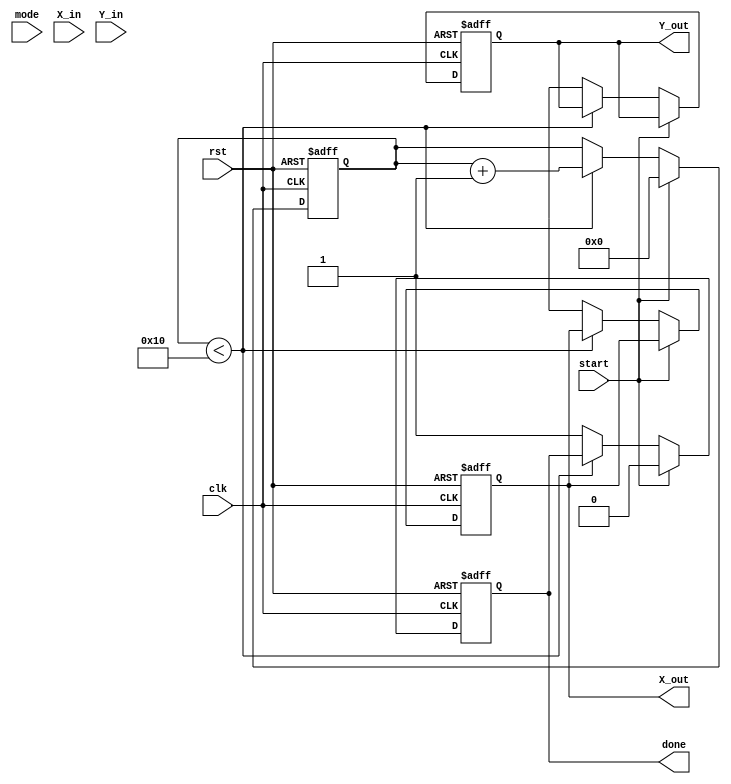
module complex_cordic (
    input wire clk,
    input wire rst,
    input wire start,
    input wire mode, // 0 for rotation, 1 for vectoring
    input wire [15:0] X_in, // Real part input
    input wire [15:0] Y_in, // Imaginary part input
    output reg [15:0] X_out, // Real part output
    output reg [15:0] Y_out, // Imaginary part output
    output reg done // Operation complete signal
);

    // Parameters
    parameter NUM_ITERATIONS = 16; // Number of iterations
    parameter ANGLE_LUT_SIZE = 16; // Size of angle lookup table

    // Internal Registers
    reg [15:0] X [0:NUM_ITERATIONS-1];
    reg [15:0] Y [0:NUM_ITERATIONS-1];
    reg [15:0] angle_lut [0:ANGLE_LUT_SIZE-1]; // Angle lookup table
    reg [3:0] iteration_count; // Iteration counter
    reg [15:0] angle; // Current angle

    // Initialize angle lookup table (arctangent values)
    initial begin
        angle_lut[0] = 16'h0000; // atan(0)
        angle_lut[1] = 16'h3243; // atan(1/2)
        angle_lut[2] = 16'h1DAC; // atan(1/4)
        angle_lut[3] = 16'h1C71; // atan(1/8)
        // Fill in the rest of the LUT...
    end

    // State Machine for CORDIC operations
    always @(posedge clk or posedge rst) begin
        if (rst) begin
            X_out <= 0;
            Y_out <= 0;
            done <= 0;
            iteration_count <= 0;
            angle <= 0;
        end else if (start) begin
            // Initialize inputs
            X[0] <= X_in;
            Y[0] <= Y_in;
            iteration_count <= 0;
            done <= 0;
        end else if (iteration_count < NUM_ITERATIONS) begin
            // CORDIC Iteration Logic
            if (mode == 0) begin // Rotation mode
                if (Y[iteration_count] < 0) begin
                    X[iteration_count + 1] <= X[iteration_count] + (Y[iteration_count] >>> iteration_count);
                    Y[iteration_count + 1] <= Y[iteration_count] - (X[iteration_count] >>> iteration_count);
                    angle <= angle - angle_lut[iteration_count];
                end else begin
                    X[iteration_count + 1] <= X[iteration_count] - (Y[iteration_count] >>> iteration_count);
                    Y[iteration_count + 1] <= Y[iteration_count] + (X[iteration_count] >>> iteration_count);
                    angle <= angle + angle_lut[iteration_count];
                end
            end else begin // Vectoring mode
                if (X[iteration_count] < 0) begin
                    X[iteration_count + 1] <= -X[iteration_count];
                    Y[iteration_count + 1] <= -Y[iteration_count];
                    angle <= angle + 16'h8000; // Adjust angle for negative quadrant
                end
                // Normalize
                if (Y[iteration_count] < 0) begin
                    X[iteration_count + 1] <= X[iteration_count] + (Y[iteration_count] >>> iteration_count);
                    Y[iteration_count + 1] <= Y[iteration_count] - (X[iteration_count] >>> iteration_count);
                end else begin
                    X[iteration_count + 1] <= X[iteration_count] - (Y[iteration_count] >>> iteration_count);
                    Y[iteration_count + 1] <= Y[iteration_count] + (X[iteration_count] >>> iteration_count);
                end
            end
            iteration_count <= iteration_count + 1;
        end else begin
            // Final output
            X_out <= X[NUM_ITERATIONS];
            Y_out <= Y[NUM_ITERATIONS];
            done <= 1;
        end
    end
endmodule